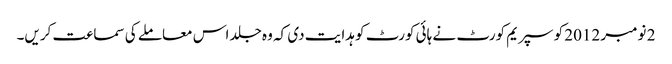
2 نومبر 2012 کو سپریم کورٹ نے ہائی کورٹ کو ہدایت دی کہ وہ جلد اس معاملے کی سماعت کریں۔